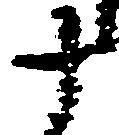
十